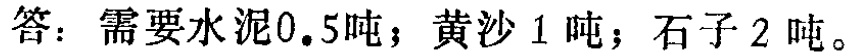
答：需要水泥\(0.5\)吨；黄沙\(1\)吨；石子\(2\)吨。